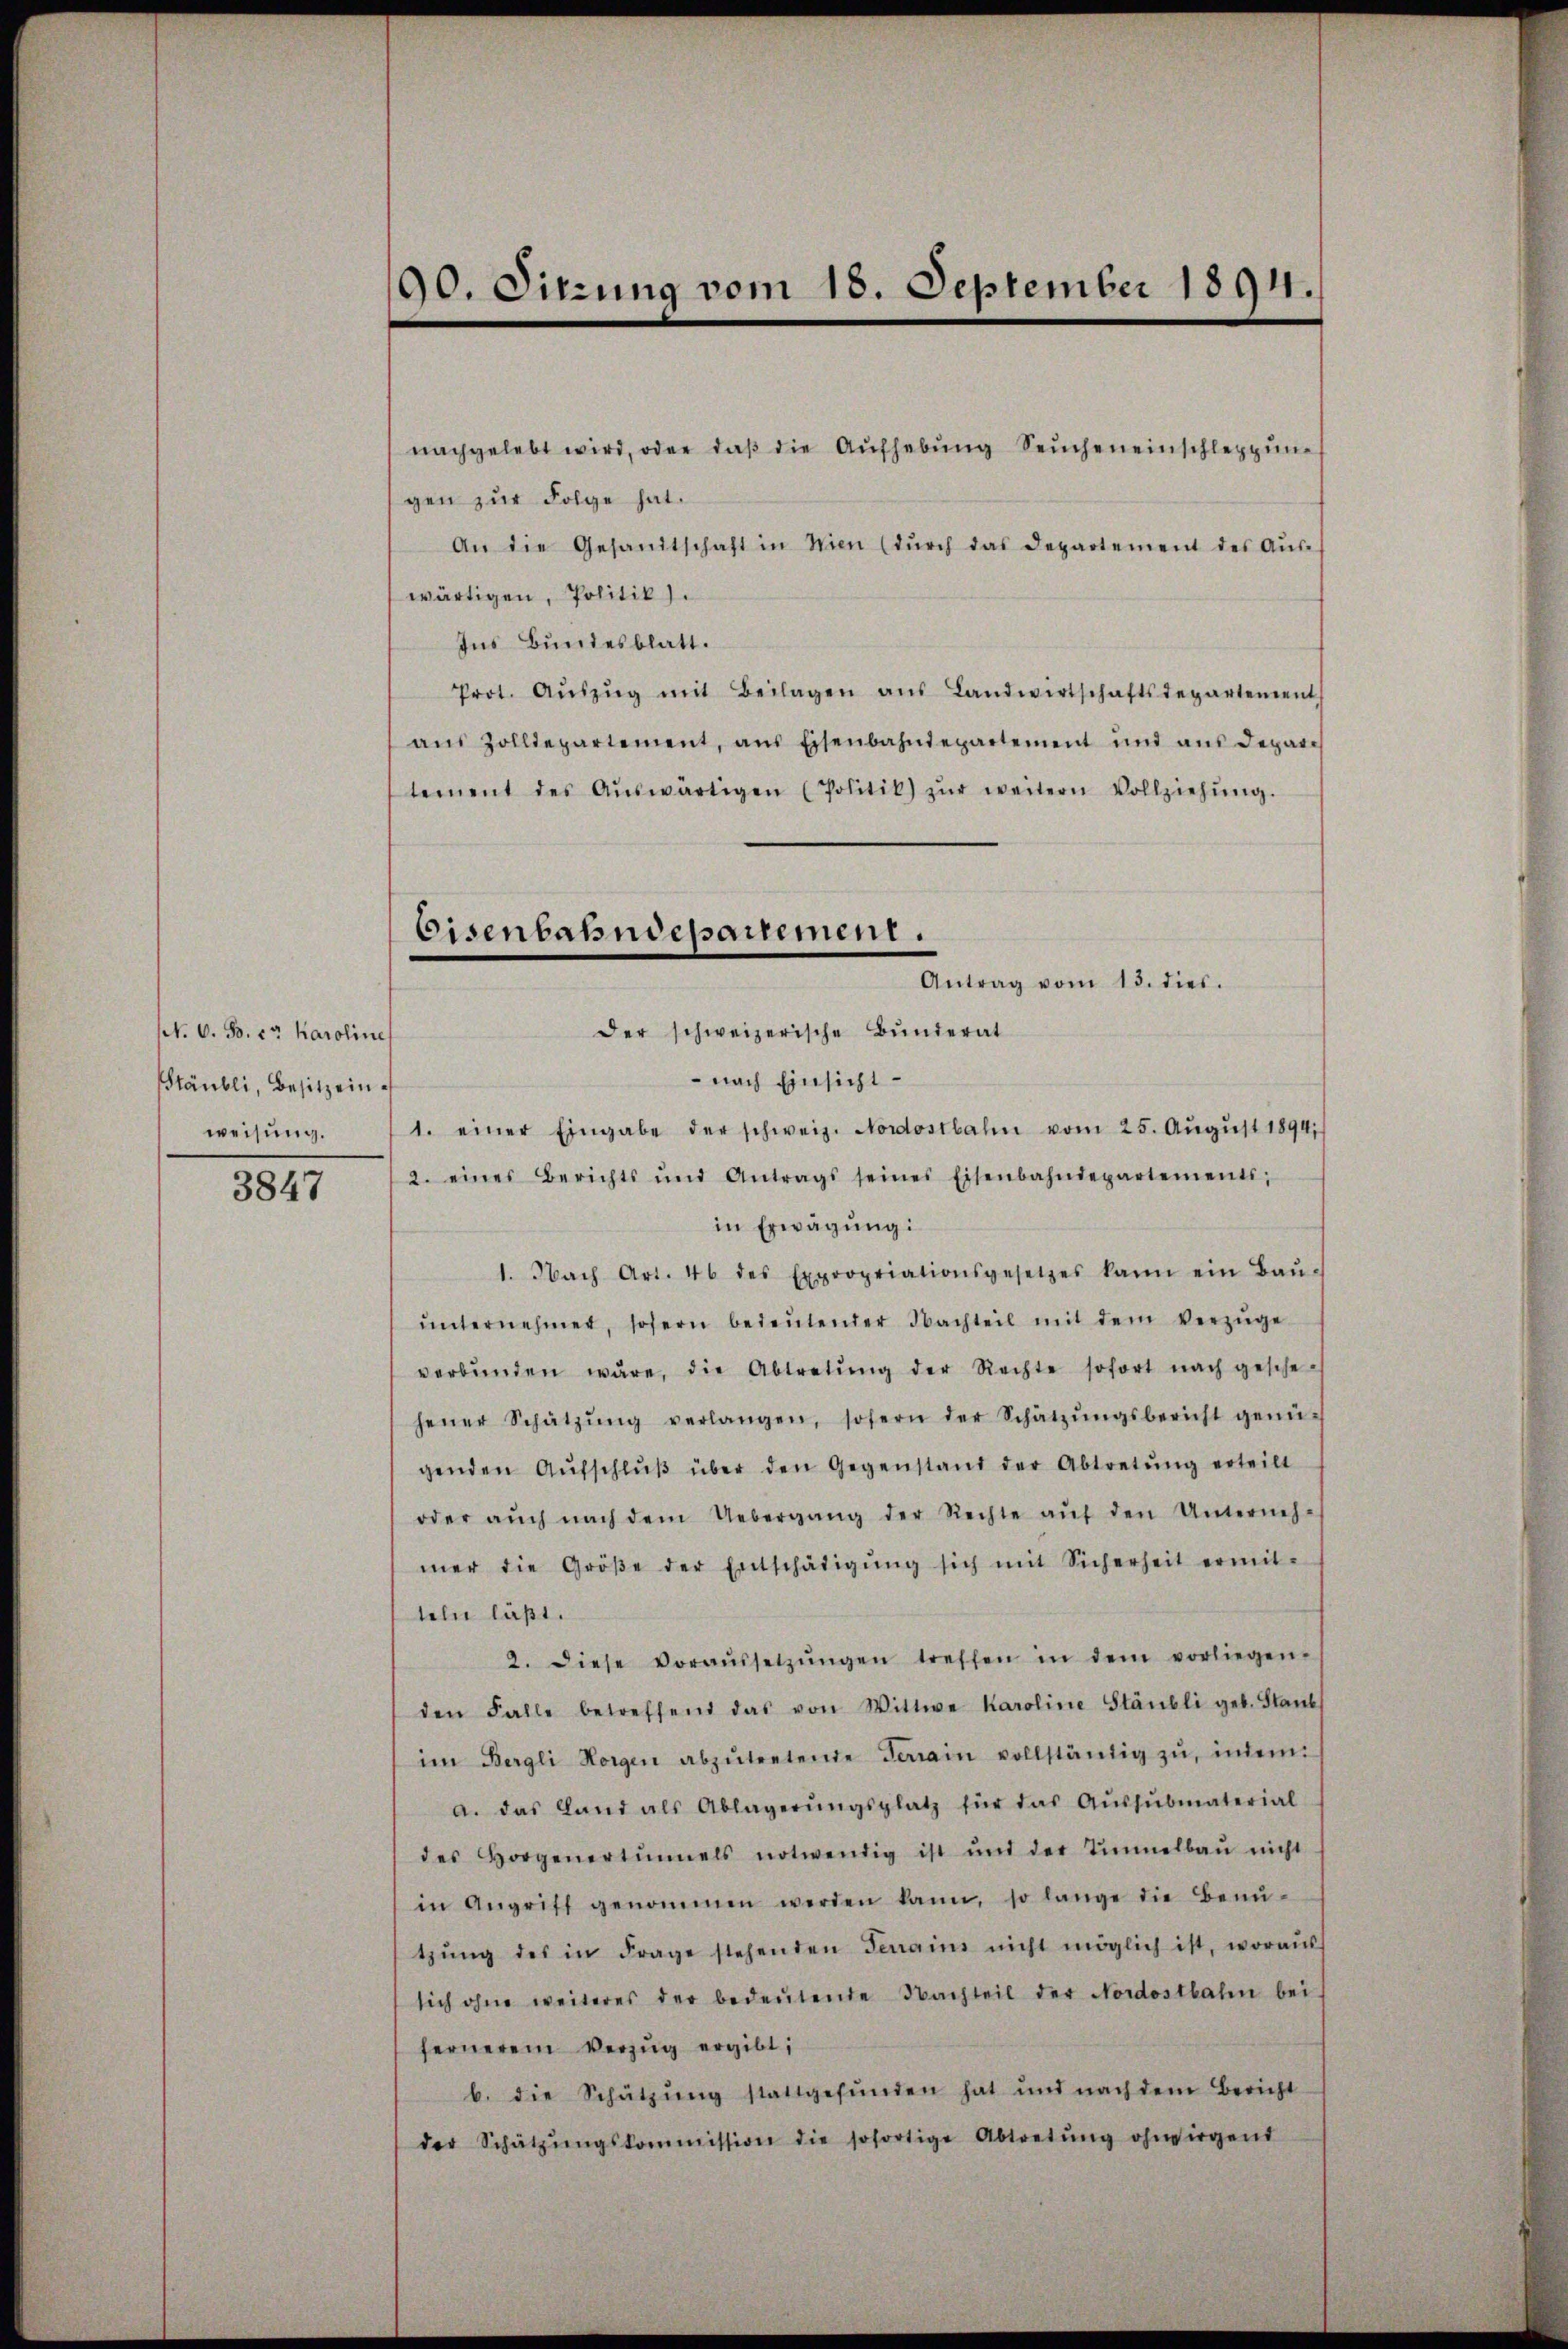
N. O. B. cr. Karoline
Stäubli, Besitzein.
weisung.

3847

90. Sitzung vom 18. September 1894.

Eisenbahndepartement.

nachgelebt wird, oder daβ die Aŭfhebŭng Seŭchen einschleppung
gen zur Folge hat.
An die Gesamtschaft in Wien (dŭrch das Departement des Aŭs-
wärtigen, Politik.
Ins Bundesblatt.
Prot. Aŭszŭg mit Beilagen ans Landwirtschaftsdepartement
aŭs Zolldepartement, aus Eisenbahndepartement und aŭs depari
tement des Aŭswärtigen (Politik) zŭr weitern Vollziehŭng.
der schweizerische Bunderat
 nach Einsicht
1. einer Eingabe der schweiz. Nordostbahn vom 25. Aŭgŭst 1894
2. eines Berichts und Antrags seines Eisenbahndepartements;
in Erwägung:
1. Nach Art. 46 des Expropriationsgesetzes kann ein Baŭ-
ŭnternehmer, sofern bedeŭtender Nachteil mit dem Verzüge
verbŭnden wäre, die Abtretŭng der Rechte sofort nach gesche-
hener Schätzŭng verlangen, sofern der Schätzŭngsbericht genü-
genden Aŭfschlŭβ über den Gegenstand der Abtretŭng erteilt
oder aŭch nach dem Uebergang der Rechte aŭf den Unterneh-
mer die Größe der Entschädigŭng sich mit Sicherheit ermit-
teln läßt.
2. diese Voraŭssetzŭngen treffen in dem vorliegen-
den Falle betreffend das von Wittwe Karoline Stäubli geb. Staub
im Bergli Horgen abzŭtretende Terrain vollständig zŭ, indem
a. das Land als Ablagerŭngsplatz für das Aŭssŭbmaterial
des Horgenertunnels notwendig ist und der Tinelbaŭ nicht
in Angriff genommen werden kann, so lange die Benŭ-
tzŭng des in Frage stehenden Terrains nicht möglich ist, woraŭs
sich ohne weiteres der bedeŭtende Nachteil der Nordostbahn bei
fernerem Verzŭg ergibt:
b. die Schätzung stattgefunden hat und nach dem Bericht
der Schätzŭngskommission die sofortige Abtretŭng ohnvirgend

Antrag vom 13. dies.